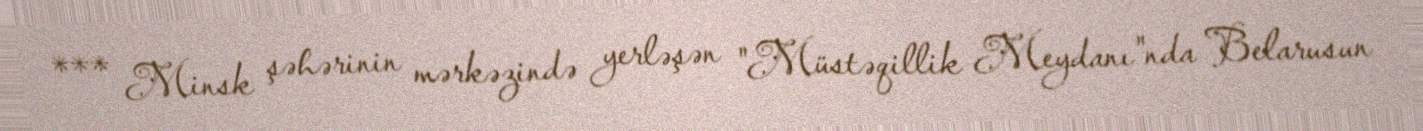
*** Minsk şəhərinin mərkəzində yerləşən "Müstəqillik Meydanı"nda Belarusun